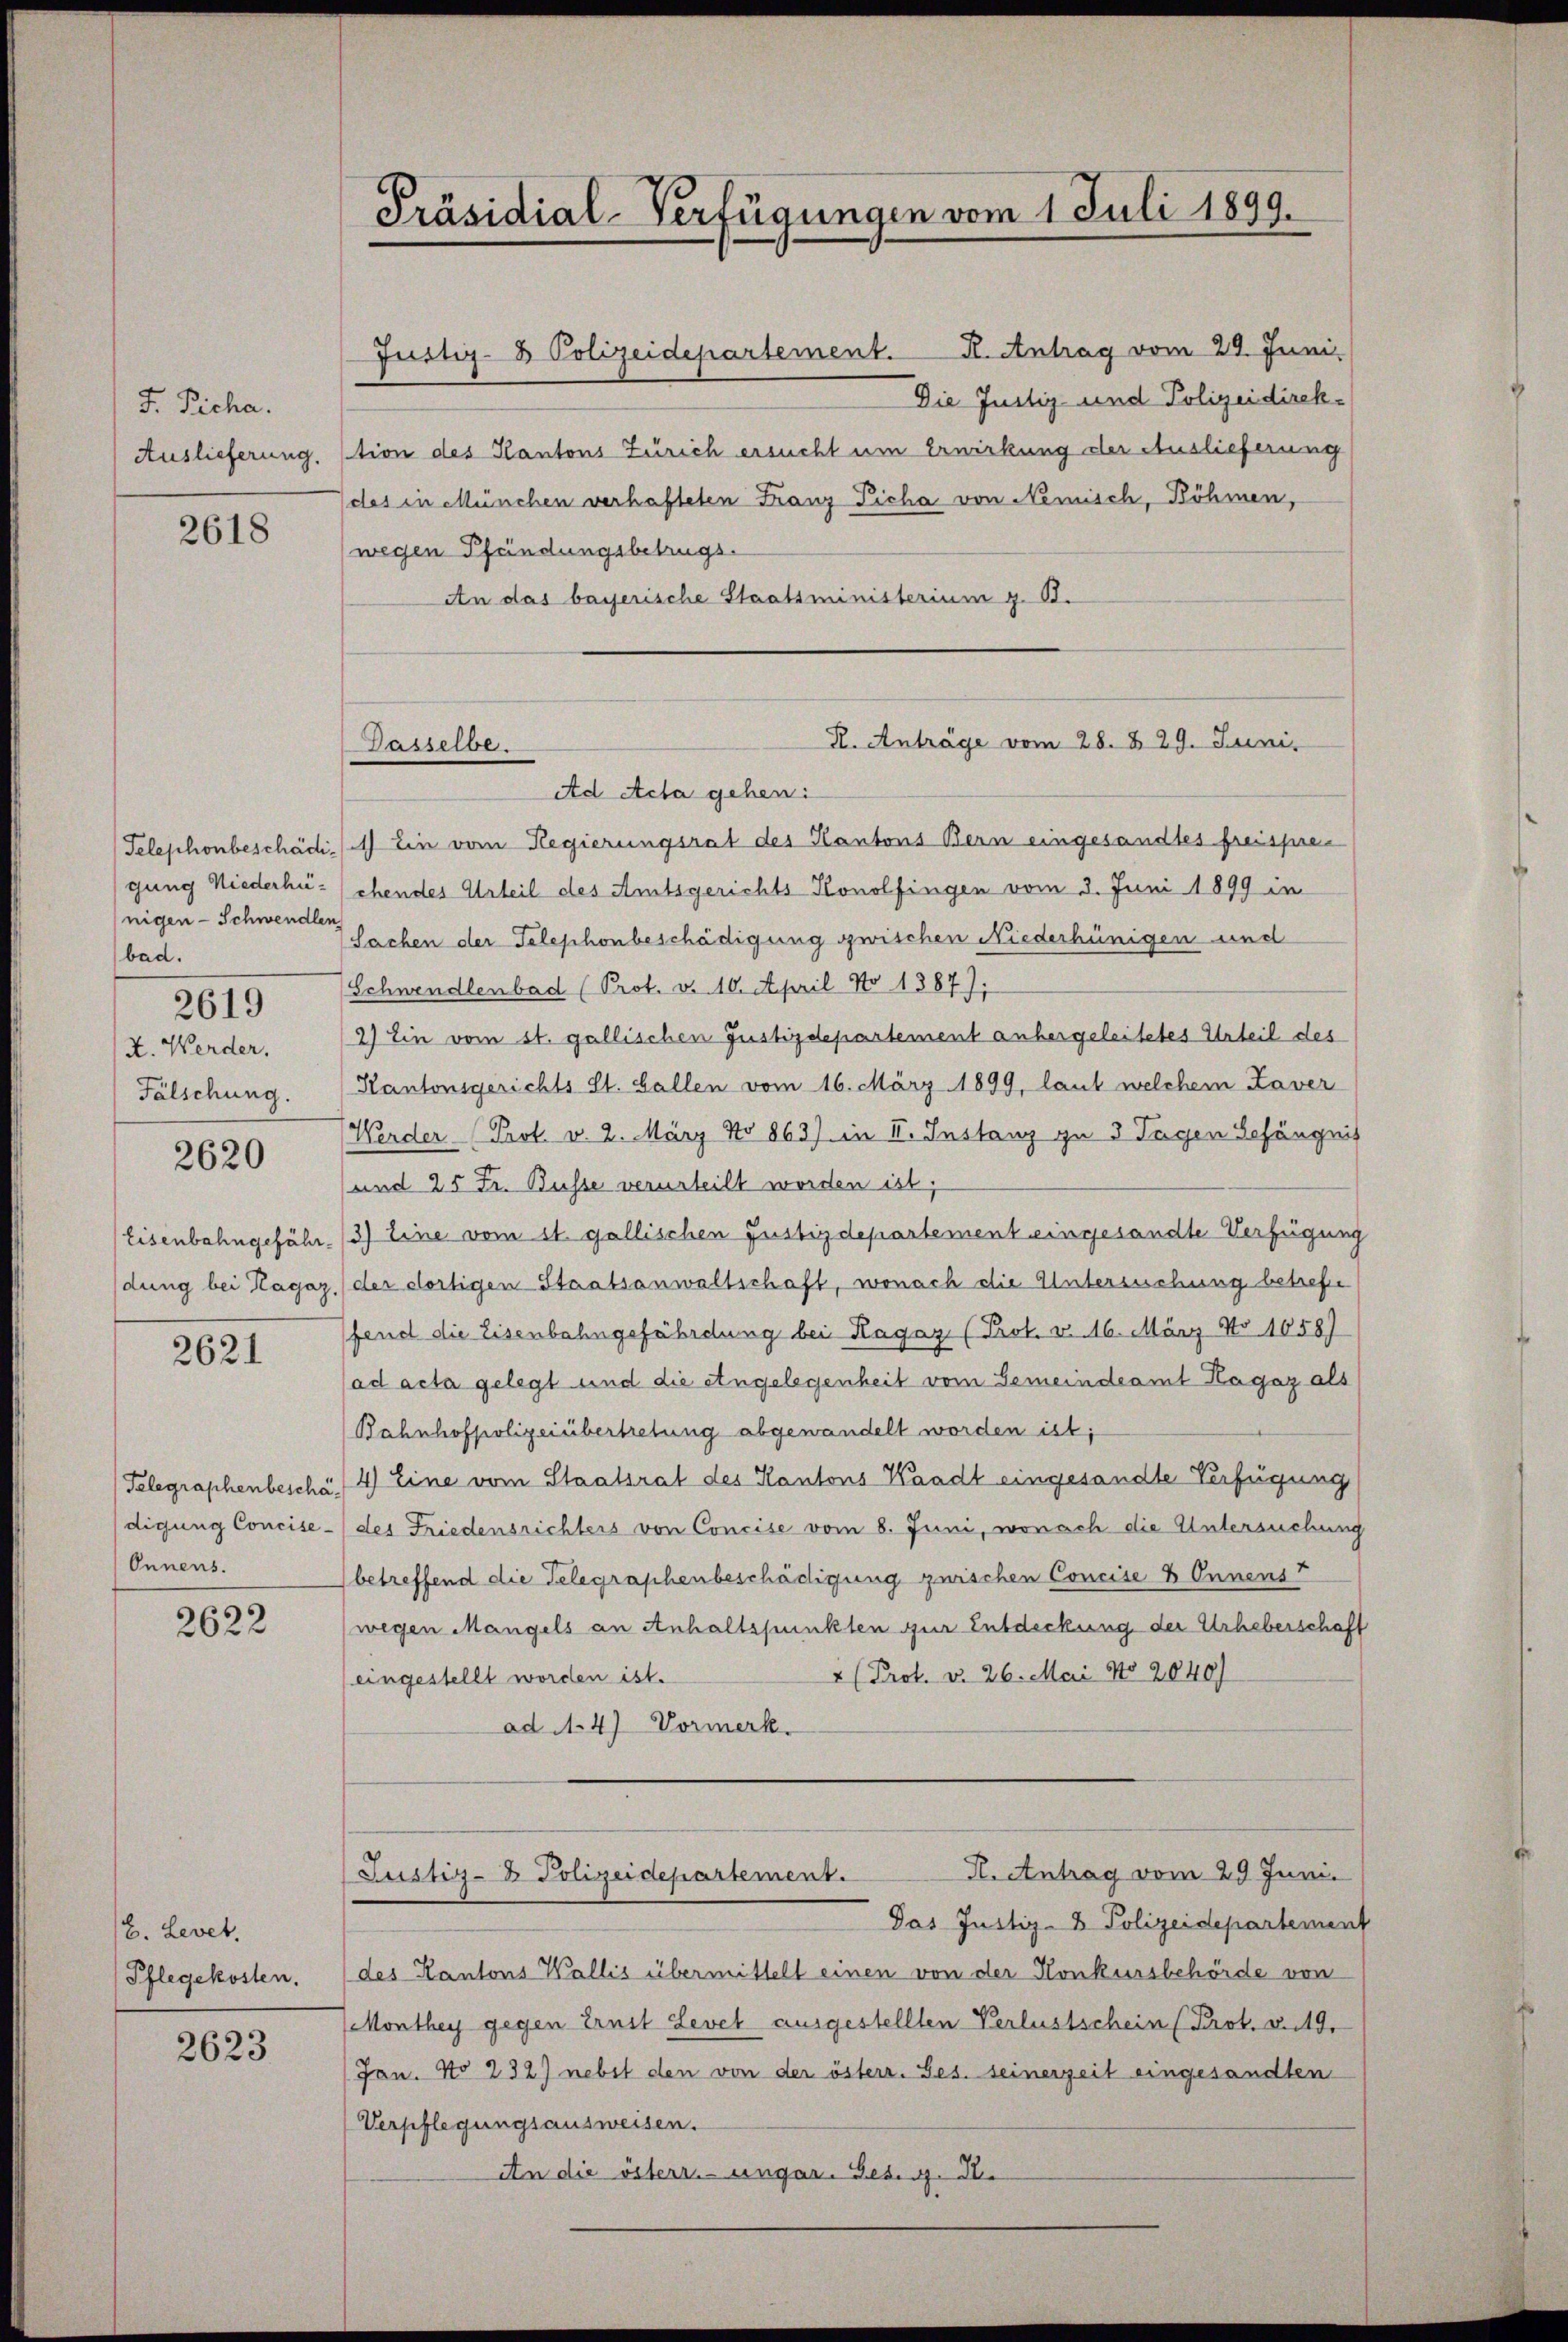
F. Richa.
Auslieferung.

2618

Telephonbeschädigung Niederhünigen - Schwenden
bad.
2619
X. Werder,
Fälschung.

2620

Eisenbahngefähr
dung bei Ragaz

2621

Telegraphenbeschädigung Concise-
Onnens.

2622

E. Levet.
Pflegekosten.

2623

Präsidial-Verfügungen vom 1 Juli 1899.

H. Anträge vom 28. § 29. Juni,
Dasselbe.

Justiz- & Polizeidepartement. K. Antrag vom 29. Juni.
Die Justiz und Polizeidirektion des Kantons Zürich ersucht um Erwirkung der Auslieferung
des in München verhafteten Franz Picha von Nemisch, Böhmen,
wegen Pfändungsbetrugs.
An das bayerische Staatsministerium g. T.
Ad Acta gehen:
1) Ein vom Regierungsrat des Kantons Bern eingesandtes freisprechendes Urteil des Amtsgerichts-Honolfingen vom 3. Juni 1899 in
Sachen der Telephonbeschädigung zwischen Niederhünigen und
Schnendlenbad (Prot. v. 10. April No 1887);
2) Ein vom st. gallischen Justizdepartement anbergeleitetes Urteil des
Kantonsgerichts St. Gallen vom 16. März 1899, laut welchem Kaver
Werder Prot. v. 2. März No 863) in II. Instanz zu 3 Tagen Gefängnis
und 25 Fr. Busse verurteilt worden ist,
3) Eine vom 11. gallischen Justizdepartement eingesandte Verfügung
der dortigen Staatsanwaltschaft, wonach die Untersuchung betreffe
fend die Eisenbahngefährdung bei Ragaz (Prot. v. 16. März No 1058)
ad acta gelegt und die Angelegenheit vom Gemeindeamt Hagaz als
Bahnhofpolizeiübertretung abgewandelt worden ist;
4) Eine vom Staatsrat des Kantons Waadt eingesandte Verfügung
des Friedensrichters von Concise vom 8. Juni, wonach die Untersuchung
betreffend die Telegraphenbeschädigung zwischen Concise & Ennens
(wegen Mangels an Anhaltspunkten zur Entdeckung der Urheberschaft
4 (Prot. d. 26. Mai No 2040)
eingestellt worden ist.
ad N. 4) Vormerk.
H. Antrag vom 29 Juni.
Justiz- & Polizeidepartement.
Das Justiz- & Polizeidepartement
des Kantons Wallis übermittelt einen von der Konkursbehörde von
Monthey gegen Ernst Levet ausgestellten Verlustschein (Prot. v. 149.
Jan. No 232) nebst den von der österr. Ges. seinerzeit eingesandten
Verpflegungsausweisen.
An die österr.-ungar. Ges. z. B.